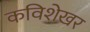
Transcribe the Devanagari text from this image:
कविशेखर